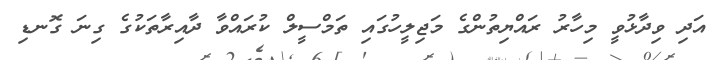
އަދި ވިދާޅުވީ މިހާރު ރައްޔިތުންގެ މަޖިލީހުގައި ތަމްސީލް ކުރައްވާ ދާއިރާތަކުގެ ގިނަ ގޮނޑި